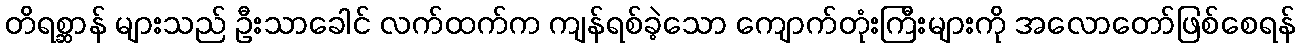
တိရစ္ဆာန် များသည် ဦးသာခေါင် လက်ထက်က ကျန်ရစ်ခဲ့သော ကျောက်တုံးကြီးများကို အလောတော်ဖြစ်စေရန်